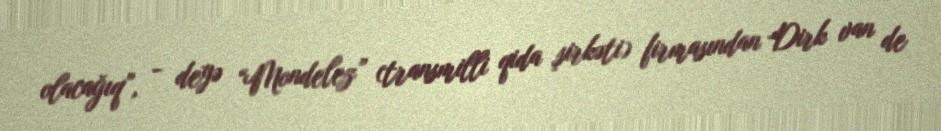
olacağıq”, - deyə “Mondelez” (transmilli qida şirkəti) firmasından Dirk van de